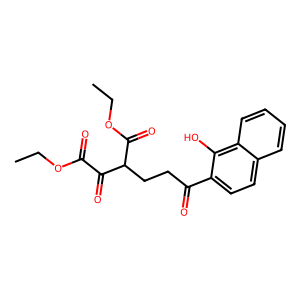
SMILES: CCOC(=O)C(=O)C(CCC(=O)c1ccc2ccccc2c1O)C(=O)OCC
Inhibits HIV replication: No